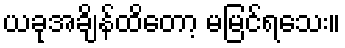
ယခုအချိန်ထိတော့ မမြင်ရသေး။